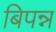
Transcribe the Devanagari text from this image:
बिपन्न